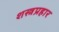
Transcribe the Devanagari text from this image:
शस्त्रप्रहार